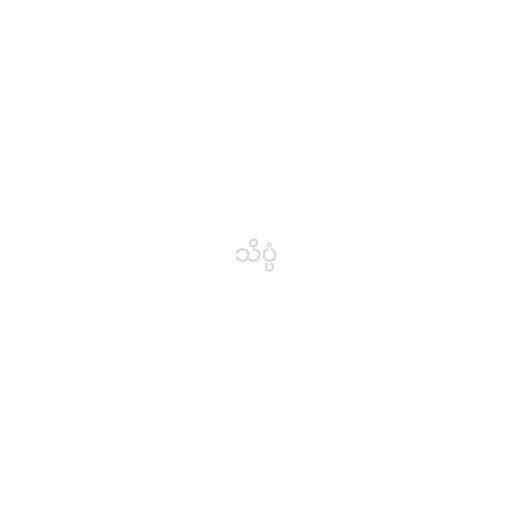
သိပ္ပံ